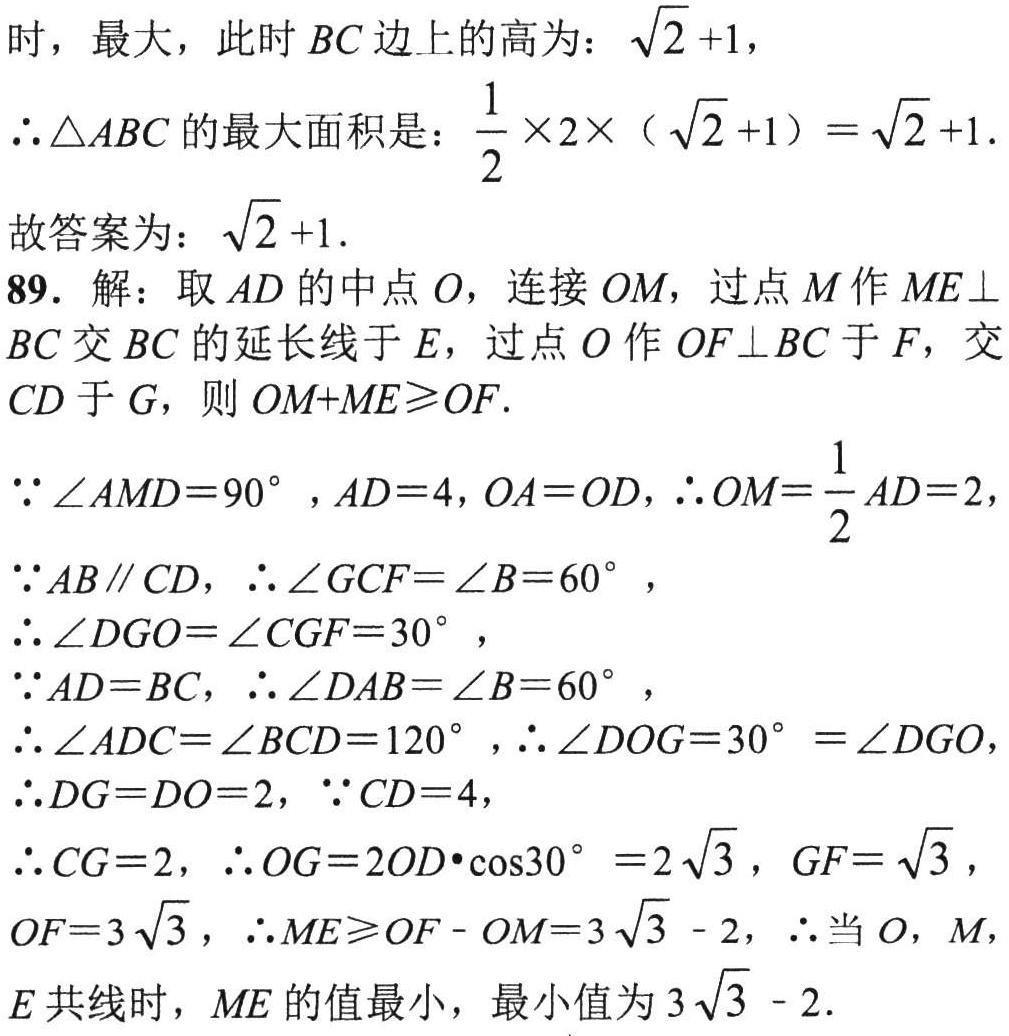
时，最大，此时 \(BC\) 边上的高为：\(\sqrt{2}+1\)，
\(\therefore\triangle ABC\) 的最大面积是：\(\frac{1}{2}\times2\times(\sqrt{2}+1)=\sqrt{2}+1\).
故答案为：\(\sqrt{2}+1\).
89. 解：取 \(AD\) 的中点 \(O\)，连接 \(OM\)，过点 \(M\) 作 \(ME\perp BC\) 交 \(BC\) 的延长线于 \(E\)，过点 \(O\) 作 \(OF\perp BC\) 于 \(F\)，交 \(CD\) 于 \(G\)，则 \(OM + ME\geqslant OF\).
\(\because\angle AMD = 90^{\circ}\)，\(AD = 4\)，\(OA = OD\)，\(\therefore OM=\frac{1}{2}AD = 2\)，
\(\because AB\parallel CD\)，\(\therefore\angle GCF=\angle B = 60^{\circ}\)，
\(\therefore\angle DGO=\angle CGF = 30^{\circ}\)，
\(\because AD = BC\)，\(\therefore\angle DAB=\angle B = 60^{\circ}\)，
\(\therefore\angle ADC=\angle BCD = 120^{\circ}\)，\(\therefore\angle DOG = 30^{\circ}=\angle DGO\)，
\(\therefore DG = DO = 2\)，\(\because CD = 4\)，
\(\therefore CG = 2\)，\(\therefore OG = 2OD\cdot\cos30^{\circ}=2\sqrt{3}\)，\(GF=\sqrt{3}\)，
\(OF = 3\sqrt{3}\)，\(\therefore ME\geqslant OF - OM=3\sqrt{3}-2\)，\(\therefore\) 当 \(O\)，\(M\)，\(E\) 共线时，\(ME\) 的值最小，最小值为 \(3\sqrt{3}-2\).